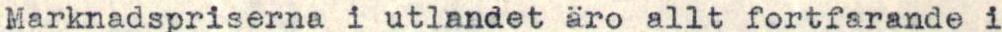
Marknadspriserna i utlandet äro allt fortfarande i